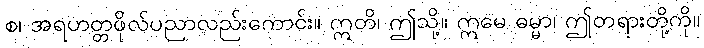
စ၊ အရဟတ္တဖိုလ်ပညာလည်းကောင်း။ ဣတိ၊ ဤသို့။ ဣမေ ဓမ္မာ၊ ဤတရားတို့ကို။